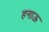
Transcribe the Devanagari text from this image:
हनाऊ